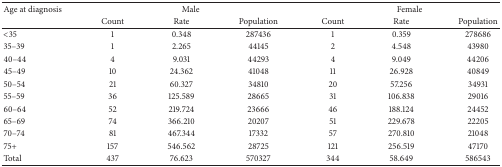
<table><thead><tr><td><b>Age at diagnosis</b></td><td colspan="3"><b>Male</b></td><td colspan="3"><b>Female</b></td></tr><tr><td><b> </b></td><td><b>Count</b></td><td><b>Rate</b></td><td><b>Population</b></td><td><b>Count</b></td><td><b>Rate</b></td><td><b>Population</b></td></tr></thead><tbody><tr><td>&lt;35</td><td>1</td><td>0.348</td><td>287436</td><td>1</td><td>0.359</td><td>278686</td></tr><tr><td>35–39</td><td>1</td><td>2.265</td><td>44145</td><td>2</td><td>4.548</td><td>43980</td></tr><tr><td>40–44</td><td>4</td><td>9.031</td><td>44293</td><td>4</td><td>9.049</td><td>44206</td></tr><tr><td>45–49</td><td>10</td><td>24.362</td><td>41048</td><td>11</td><td>26.928</td><td>40849</td></tr><tr><td>50–54</td><td>21</td><td>60.327</td><td>34810</td><td>20</td><td>57.256</td><td>34931</td></tr><tr><td>55–59</td><td>36</td><td>125.589</td><td>28665</td><td>31</td><td>106.838</td><td>29016</td></tr><tr><td>60–64</td><td>52</td><td>219.724</td><td>23666</td><td>46</td><td>188.124</td><td>24452</td></tr><tr><td>65–69</td><td>74</td><td>366.210</td><td>20207</td><td>51</td><td>229.678</td><td>22205</td></tr><tr><td>70–74</td><td>81</td><td>467.344</td><td>17332</td><td>57</td><td>270.810</td><td>21048</td></tr><tr><td>75+</td><td>157</td><td>546.562</td><td>28725</td><td>121</td><td>256.519</td><td>47170</td></tr><tr><td>Total</td><td>437</td><td>76.623</td><td>570327</td><td>344</td><td>58.649</td><td>586543</td></tr></tbody></table>